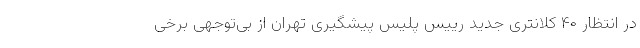
در انتظار ۴۰ کلانتری جدید رییس پلیس پیشگیری تهران از بی‌توجهی برخی